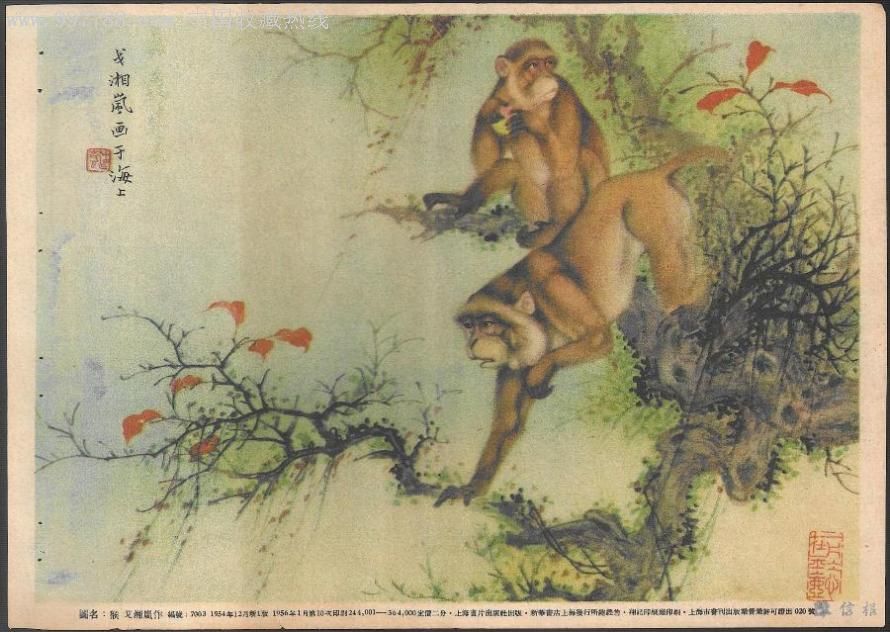
兵戈既未息，儿童尽东征。